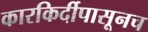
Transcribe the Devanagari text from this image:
कारकिर्दीपासूनच